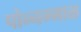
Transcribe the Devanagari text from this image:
पोन्नम्माळ